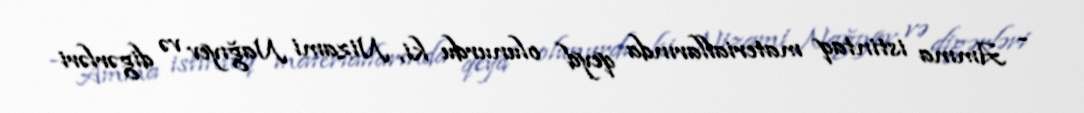
- Amma istintaq materiallarında qeyd olunurdu ki, Nizami Nağıyev və digərləri